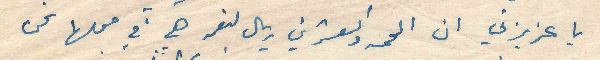
يا عزيزتي ان الخمسه والعشرين ريال لنعمه هي في محلها نحن